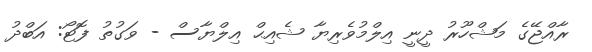
ރާއްޖޭގެ މަޝްހޫރު ދީނީ އިލްމުވެރިޔާ ޝެއިޙް އިލްޔާސް - ވަގުތު ފޮޓޯ: އަބްދު